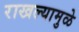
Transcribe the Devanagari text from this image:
राखल्यामुळे